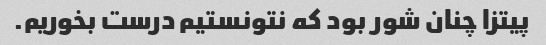
پیتزا چنان شور بود که نتونستیم درست بخوریم.